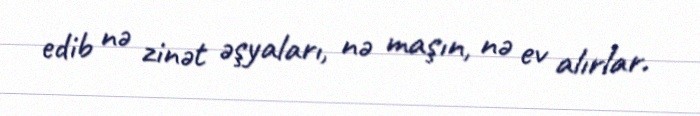
edib nə zinət əşyaları, nə maşın, nə ev alırlar.